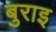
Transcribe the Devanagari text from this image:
बुराइ